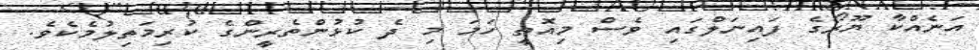
އަނެއްކާ ޔޫރޯގެ ފައިނަލްގައި ވެސް މިއޮތީ ހަމަ މި ދެ ކުޅުންތެރީންގެ ކުރިމަތިލުމެކެވެ.